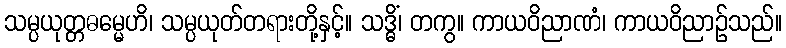
သမ္ပယုတ္တဓမ္မေဟိ၊ သမ္ပယုတ်တရားတို့နှင့်။ သဒ္ဓိံ၊ တကွ။ ကာယဝိညာဏံ၊ ကာယဝိညာဉ်သည်။